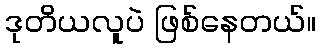
ဒုတိယလူပဲ ဖြစ်နေတယ်။